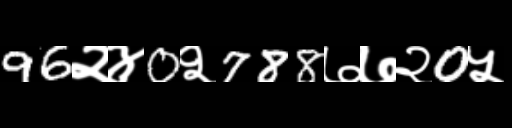
Text: 96२४0२788७७२0५